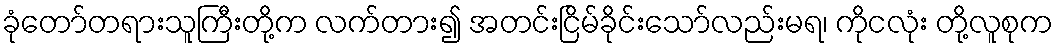
ခုံတော်တရားသူကြီးတို့က လက်တား၍ အတင်းငြိမ်ခိုင်းသော်လည်းမရ၊ ကိုငလုံး တို့လူစုက